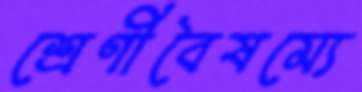
শ্রেণীবৈষম্যে